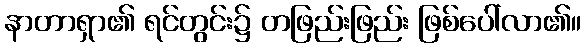
နာတာရှာ၏ ရင်တွင်း၌ တဖြည်းဖြည်း ဖြစ်ပေါ်လာ၏။